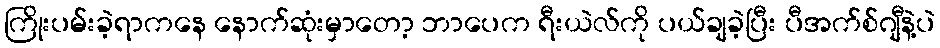
ကြိုးပမ်းခဲ့ရာကနေ နောက်ဆုံးမှာတော့ ဘာပေက ရီးယဲလ်ကို ပယ်ချခဲ့ပြီး ပီအက်စ်ဂျီနဲ့ပဲ